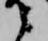
之